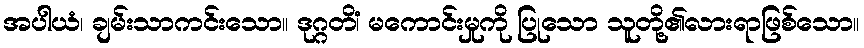
အပါယံ၊ ချမ်းသာကင်းသော။ ဒုဂ္ဂတိံ၊ မကောင်းမှုကို ပြုသော သူတို့၏လားရာဖြစ်သော။